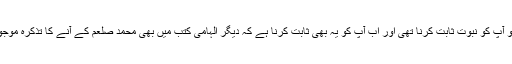
پہلے تو آپ کو نبوت ثابت کرنا تھی اور اب آپ کو یہ بھی ثابت کرنا ہے کہ دیگر الہامی کتب میں بھی محمد صلعم کے آنے کا تذکرہ موجود ہے۔